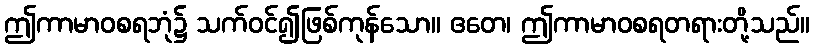
ဤကာမာဝစရဘုံ၌ သက်ဝင်၍ဖြစ်ကုန်သော။ ဧတေ၊ ဤကာမာဝစရတရားတို့သည်။